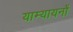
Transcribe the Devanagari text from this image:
याम्यायनों